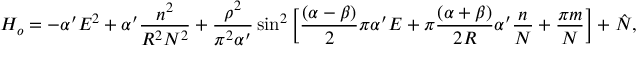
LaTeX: H _ { o } = - \alpha ^ { \prime } E ^ { 2 } + \alpha ^ { \prime } \frac { n ^ { 2 } } { R ^ { 2 } N ^ { 2 } } + \frac { \rho ^ { 2 } } { \pi ^ { 2 } \alpha ^ { \prime } } \sin ^ { 2 } \Big [ \frac { ( \alpha - \beta ) } { 2 } \pi \alpha ^ { \prime } E + \pi \frac { ( \alpha + \beta ) } { 2 R } \alpha ^ { \prime } \frac { n } { N } + \frac { \pi m } { N } \Big ] + \hat { N } ,